Sanitation, dispensaries and jails vaccination Rajputana 1922-1927 - 1922-1927
Year: 1922
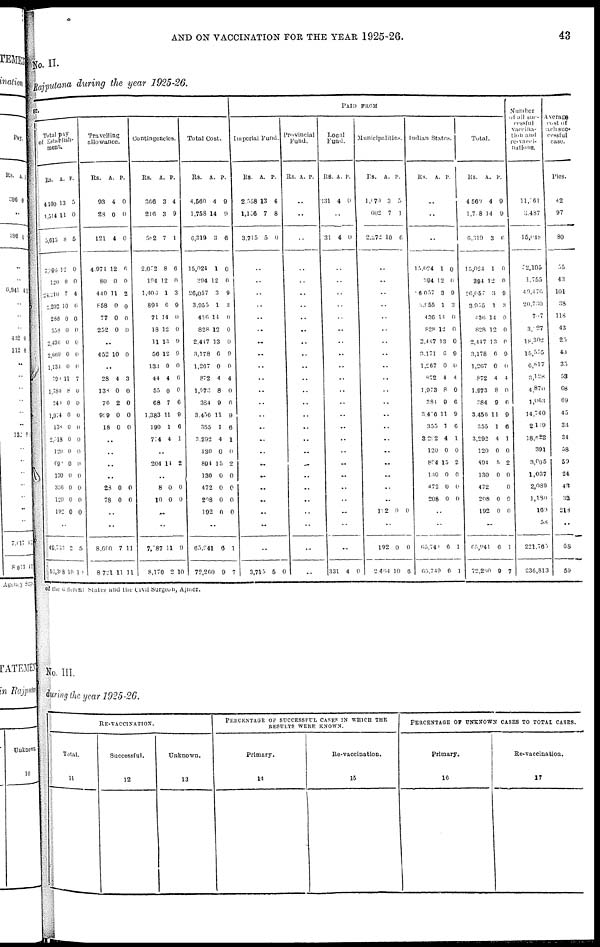
AND ON VACCINATION FOR THE YEAR 1925-26.
43
No. II.
Rajputana during the year 1925-26.
ST
Total pay
of Establish¬
ment.
Rs.
4,100
1,514
5,615
7,996
120
24,210
2,202
288
558
2,436
2,669
1,134
791
1,780
241
1,074
138
2,518
120
690
100
330
120
192
A.
13
11
8
12
0
7
10
0
0
0
0
0
11
8
0
0
0
0
0
0
0
0
0
0
P.
5
0
5
0
0
4
6
0
0
0
0
0
7
0
0
0
0
0
0
0
0
0
0
0
..
49,753
55,358
2
10
5
11
Travelling
allowance.
Rs.
93
28
121
4,074
80
440
858
77
252
A.
4
0
4
12
0
11
0
0
0
P.
0
0
0
6
0
2
0
0
0
..
452 10 0
..
28
138
76
999
18
4
0
2
0
0
3
0
0
0
0
..
..
..
..
23
78
0
0
0
0
..
..
8,600
8,72l
7
11
11
11
Contingencies.
Rs.
366
210
582
2,052
1941
1,406
894
71
18
11
50
133
44
55
68
1,383
199
774
A.
3
3
7
8
12
1
6
14
12
13
12
0
4
0
7
11
1
4
P.
4
9
1
6
0
3
9
0
0
9
9
0
6
0
6
9
6
1
..
204 14 2
8
10
0
0
0
0
..
..
7, 587
8,170
11
2
9
10
Total Cost.
Rs.
4,560
1,758
0,319
15,024
294
26,057
3,955
436
828
2,447
3,178
1,267
872
1,973
384
3,456
355
3,292
120
894
130
472
208
192
A.
4
14
3
1
12
3
1
14
12
13
6
0
4
8
9
11
1
4
0
15
0
0
0
0
P.
9
9
6
0
0
9
3
0
0
0
9
0
4
0
6
9
6
1
0
2
0
0
0
0
..
65,941
72,260
6
9
1
7
PAID FROM
Imperial Fund.
Rs.
2,558
1,156
3,715
A.
13
7
5
P.
4
8
0
..
..
..
..
..
..
..
..
..
..
..
..
..
..
..
..
..
..
..
..
..
..
..
3,715 5
0
Provincial
Fund.
Rs. A. P.
..
..
..
..
..
..
..
..
..
..
..
..
..
..
..
..
..
..
..
..
..
..
..
..
..
..
..
Local
Fund.
Rs.
331
A.
4
P
0
..
31 4
0
..
..
..
..
..
..
..
..
..
..
..
..
..
..
..
..
..
..
..
..
..
..
..
331 4 0
Municipalities.
Rs.
1,070
602
2,272
A.
3
7
10
P.
5
1
6
..
..
..
..
..
..
..
..
..
..
..
..
..
..
..
..
..
..
..
..
192 0
0
..
19
246
2
4
0
10
Indian States.
Rs.
A.
P.
..
..
..
1 5,024
394
6,057
3,955
430
828
2,447
3,171
1,267
872
1,973
384
3,476
355
3,292
120
894
130
472
208
1
12
3
1
14
12
13
6
0
4
8
9
11
1
4
0
15
0
0
0
0
0
9
3
0
0
0
9
0
4
0
6
9
6
1
0
2
0
0
0
..
..
65,741
65,749
6
0
1
1
Total.
Rs.
4,560
1,708
6,319
1 5,024
394
26,057
3,955
436
828
2,447
3,178
1,267
872
1,973
384
3,450
355
3,292
120
894
130
472
208
192
A.
4
4
3
1
12
3
1
14
12
13
6
0
4
8
9
11
1
4
0
5
0
0
0
P.
9
9
6
0
0
9
3
0
0
0
9
0
4
0
6
9
6
1
0
2
0
0
0
0
..
65,941
72,260
6
9
1
7
Number
of all suc¬
cessful
Vaccina¬
tion and
re-vacci¬
nations.
11,761
3,487
15,048
52,105
1,755
40,476
20,730
707
3,027
18,302
15,555
6,817
3,128
4,870
1,063
14,740
2,139
18,822
391
3,005
1,037
2,089
1,180
169
58
221,765
230,813
Average
cost of
each suc-
cessful
case.
Pies.
42
97
80
55
43
101
38
118
43
25
40
35
53
68
69
45
33
34
58
53
24
43
32
213
..
68
59
of the different States and the Civil Surgeon, Ajmer.
No. III.
during the year 1925-26.
RE-VACCINATION.
Total.
11
Successful.
12
Unknown.
13
PERCENTAGE OF SUCCESSFUL CASES IN WHICH THE
RESULTS WERE KNOWN.
Primary.
14
Re-vaccination.
15
PERCENTAGE OF UNKNOWN CASES TO TOTAL CASES.
Primary.
16
Re-vaccination.
17